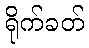
ရိုက်ခတ်